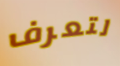
لتعرف